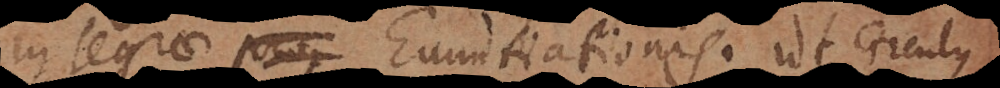
integrae prop Enuntiationis. Ut Circulus